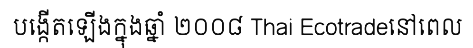
បង្កើតឡើងក្នុងឆ្នាំ ២០០៨ Thai Ecotradeនៅពេល